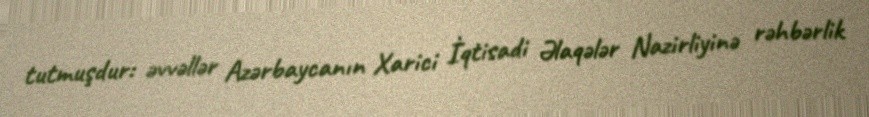
tutmuşdur: əvvəllər Azərbaycanın Xarici İqtisadi Əlaqələr Nazirliyinə rəhbərlik